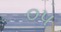
૦પ